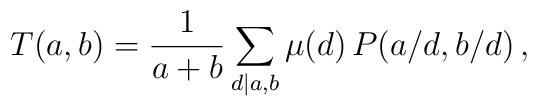
T(a,b)=\frac{1}{a+b}\sum_{d|a,b}\mu(d)\,P(a/d,b/d)\,,